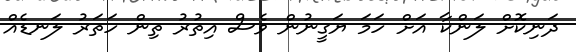
ދަނިކޮށް ލަންކާ އަށް ހަމަ ޔަގީނުން ވެސް އިތުރު ތިން ހަތަރު ލަނޑެއް